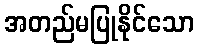
အတည်မပြုနိုင်သော